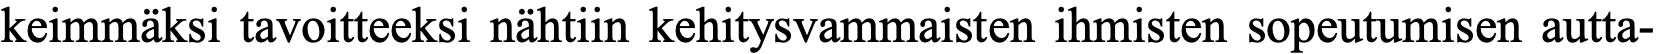
keimmäksi tavoitteeksi nähtiin kehitysvammaisten ihmisten sopeutumisen autta-